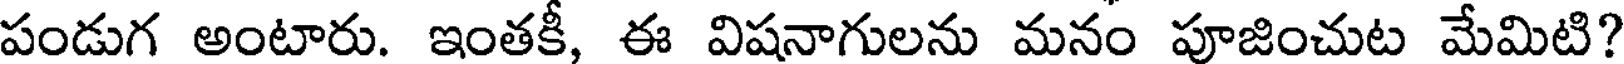
పండుగ అంటారు. ఇంతకీ, ఈ విషనాగులను మనం పూజించుట మేమిటి?